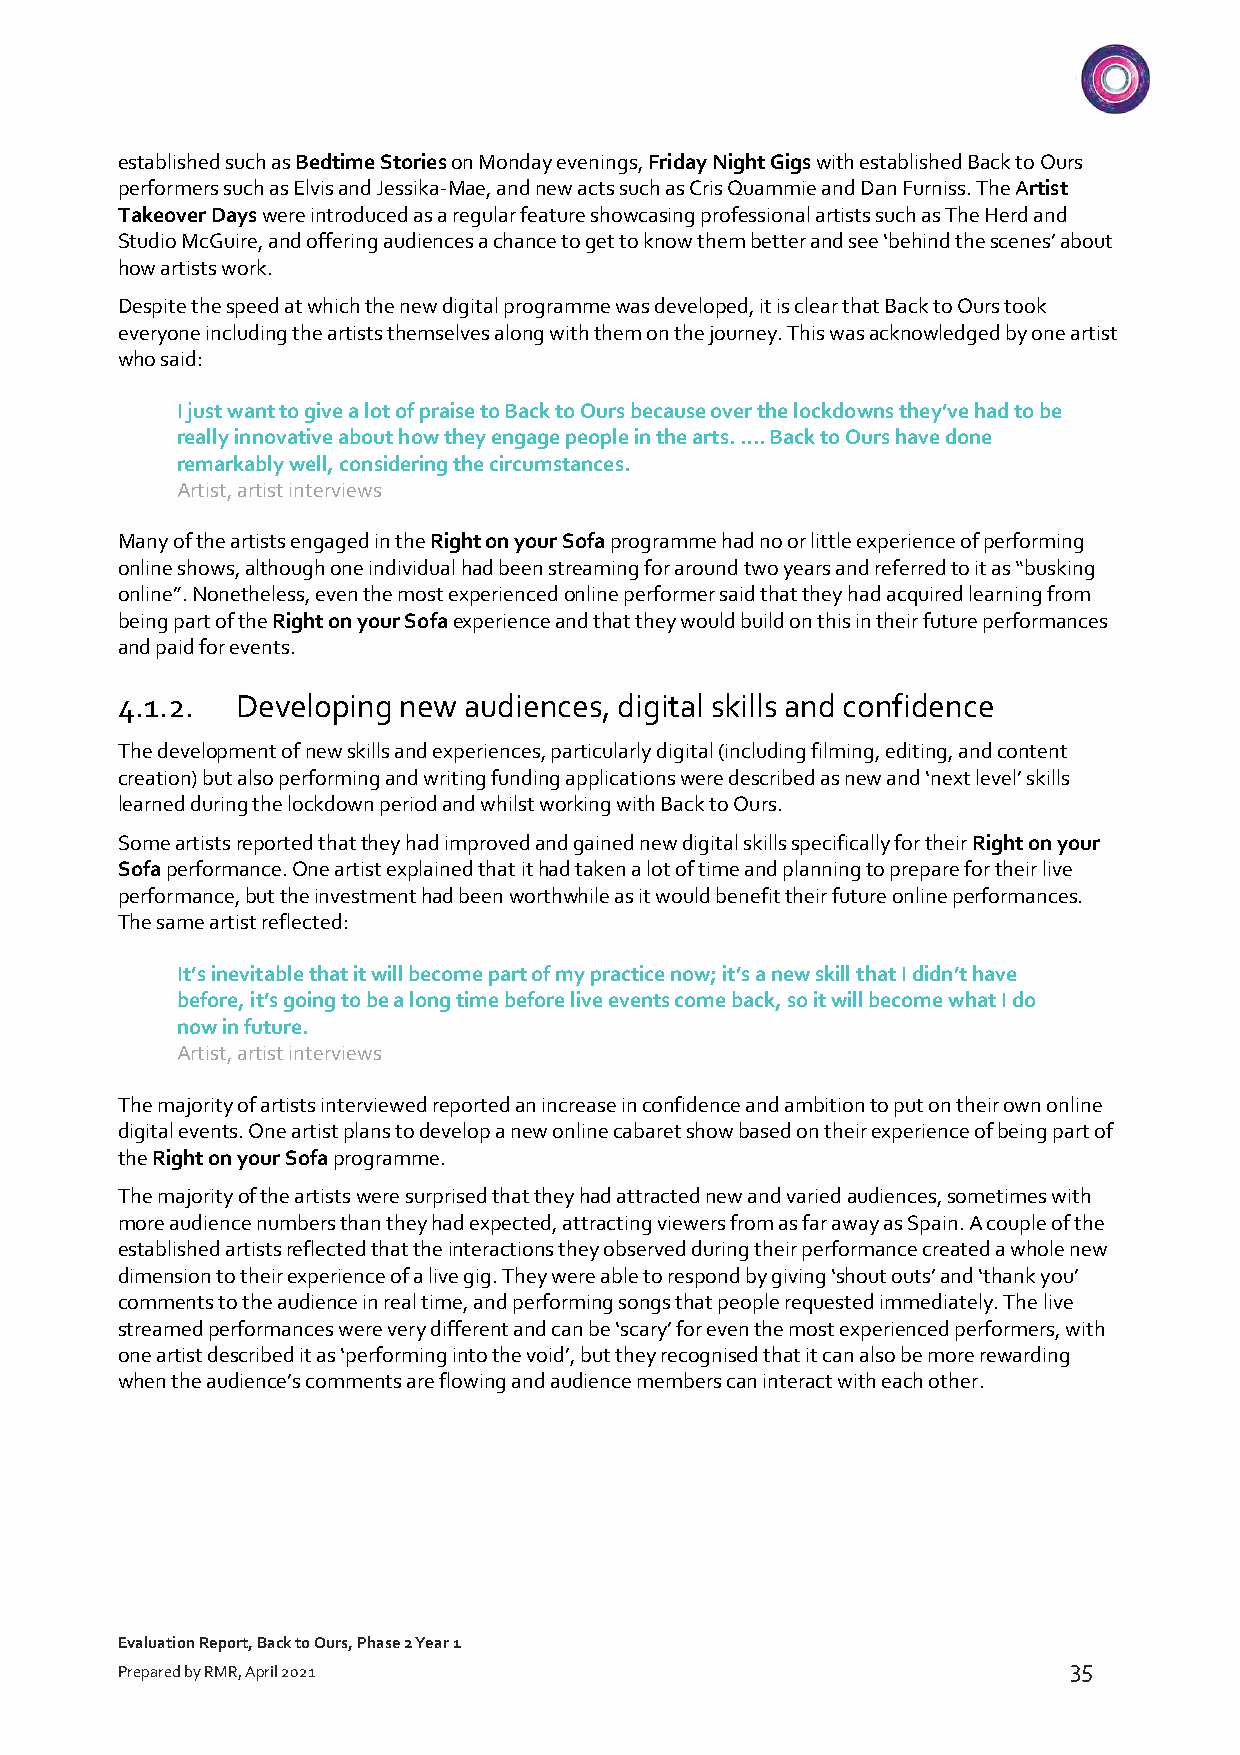
established such as Bedtime Stories on Monday evenings, Friday Night Gigs with established Back to Ours
 performers such as Elvis and Jessika-Mae, and new acts such as Cris Quammie and Dan Furniss. The Artist
 Takeover Days were introduced as a regular feature showcasing professional artists such as The Herd and
 Studio McGuire, and offering audiences a chance to get to know them better and see ‘behind the scenes’ about
 how artists work.
 Despite the speed at which the new digital programme was developed, it is clear that Back to Ours took
 everyone including the artists themselves along with them on the journey. This was acknowledged by one artist
 who said:
 I just want to give a lot of praise to Back to Ours because over the lockdowns they’ve had to be
 really innovative about how they engage people in the arts. …. Back to Ours have done
 remarkably well, considering the circumstances.
 Artist, artist interviews
 Many of the artists engaged in the Right on your Sofa programme had no or little experience of performing
 online shows, although one individual had been streaming for around two years and referred to it as “busking
 online”. Nonetheless, even the most experienced online performer said that they had acquired learning from
 being part of the Right on your Sofa experience and that they would build on this in their future performances
 and paid for events.
 4.1.2.  Developing new audiences, digital skills and confidence
 The development of new skills and experiences, particularly digital (including filming, editing, and content
 creation) but also performing and writing funding applications were described as new and ‘next level’ skills
 learned during the lockdown period and whilst working with Back to Ours.
 Some artists reported that they had improved and gained new digital skills specifically for their Right on your
 Sofa performance. One artist explained that it had taken a lot of time and planning to prepare for their live
 performance, but the investment had been worthwhile as it would benefit their future online performances.
 The same artist reflected:
 It’s inevitable that it will become part of my practice now; it’s a new skill that I didn’t have
 before, it’s going to be a long time before live events come back, so it will become what I do
 now in future.
 Artist, artist interviews
 The majority of artists interviewed reported an increase in confidence and ambition to put on their own online
 digital events. One artist plans to develop a new online cabaret show based on their experience of being part of
 the Right on your Sofa programme.
 The majority of the artists were surprised that they had attracted new and varied audiences, sometimes with
 more audience numbers than they had expected, attracting viewers from as far away as Spain. A couple of the
 established artists reflected that the interactions they observed during their performance created a whole new
 dimension to their experience of a live gig. They were able to respond by giving ‘shout outs’ and ‘thank you’
 comments to the audience in real time, and performing songs that people requested immediately. The live
 streamed performances were very different and can be ‘scary’ for even the most experienced performers, with
 one artist described it as ‘performing into the void’, but they recognised that it can also be more rewarding
 when the audience’s comments are flowing and audience members can interact with each other.
 Evaluation Report, Back to Ours, Phase 2 Year 1
 35
 Prepared by RMR, April 2021